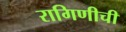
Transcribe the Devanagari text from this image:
रागिणीची